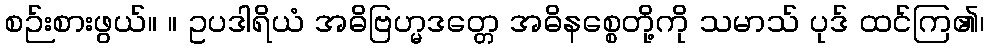
စဉ်းစားဖွယ်။ ။ ဥပဒါရိယံ အဓိဗြဟ္မဒတ္တေ အဓိနစ္စေတို့ကို သမာသ် ပုဒ် ထင်ကြ၏၊